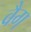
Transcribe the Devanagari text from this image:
वैग